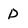
Character: D